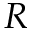
R